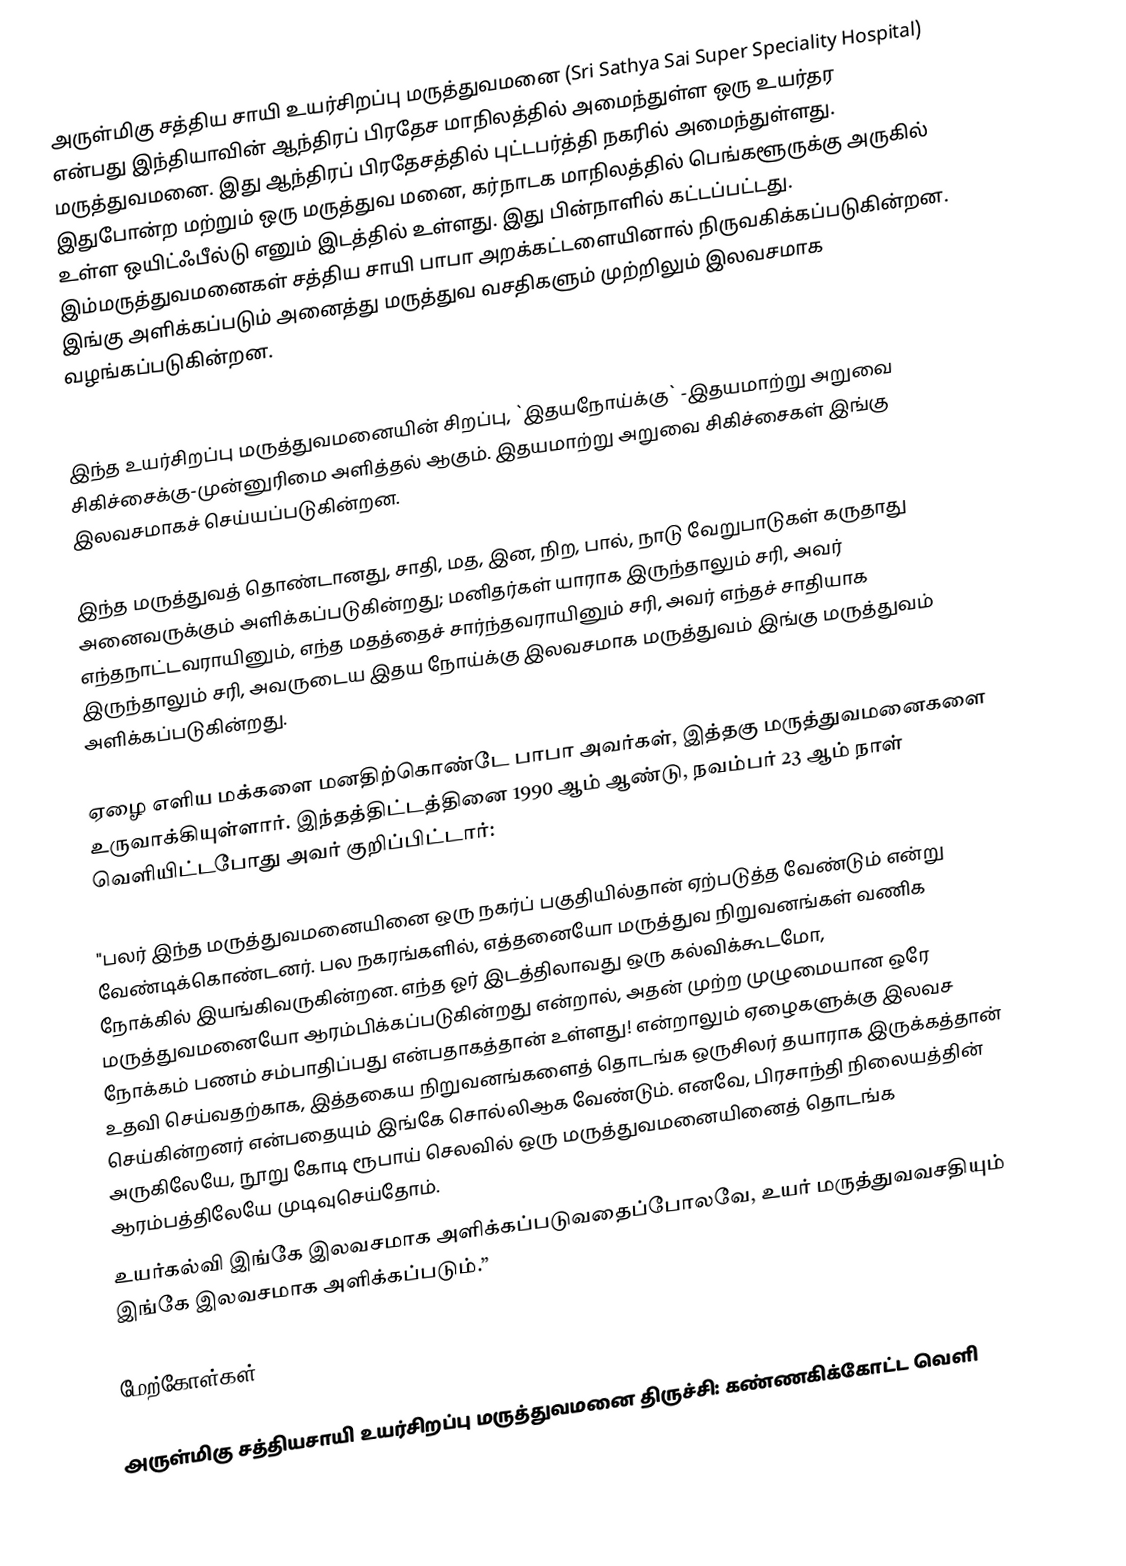
அருள்மிகு சத்திய சாயி உயர்சிறப்பு மருத்துவமனை (Sri Sathya Sai Super Speciality Hospital) என்பது இந்தியாவின் ஆந்திரப் பிரதேச மாநிலத்தில் அமைந்துள்ள ஒரு உயர்தர மருத்துவமனை. இது ஆந்திரப் பிரதேசத்தில் புட்டபர்த்தி நகரில் அமைந்துள்ளது. இதுபோன்ற மற்றும் ஒரு மருத்துவ மனை, கர்நாடக மாநிலத்தில் பெங்களூருக்கு அருகில் உள்ள ஒயிட்ஃபீல்டு எனும் இடத்தில் உள்ளது. இது பின்நாளில் கட்டப்பட்டது. இம்மருத்துவமனைகள் சத்திய சாயி பாபா அறக்கட்டளையினால் நிருவகிக்கப்படுகின்றன. இங்கு அளிக்கப்படும் அனைத்து மருத்துவ வசதிகளும் முற்றிலும் இலவசமாக வழங்கப்படுகின்றன.

இந்த உயர்சிறப்பு மருத்துவமனையின் சிறப்பு, `இதயநோய்க்கு` -இதயமாற்று அறுவை சிகிச்சைக்கு-முன்னுரிமை அளித்தல் ஆகும். இதயமாற்று அறுவை சிகிச்சைகள் இங்கு இலவசமாகச் செய்யப்படுகின்றன.

இந்த மருத்துவத் தொண்டானது, சாதி, மத, இன, நிற, பால், நாடு வேறுபாடுகள் கருதாது அனைவருக்கும் அளிக்கப்படுகின்றது; மனிதர்கள் யாராக இருந்தாலும் சரி, அவர் எந்தநாட்டவராயினும், எந்த  மதத்தைச் சார்ந்தவராயினும் சரி, அவர் எந்தச் சாதியாக இருந்தாலும் சரி, அவருடைய இதய நோய்க்கு  இலவசமாக மருத்துவம் இங்கு மருத்துவம் அளிக்கப்படுகின்றது.

ஏழை எளிய மக்களை மனதிற்கொண்டே பாபா அவர்கள், இத்தகு மருத்துவமனைகளை உருவாக்கியுள்ளார். இந்தத்திட்டத்தினை 1990 ஆம் ஆண்டு, நவம்பர் 23 ஆம் நாள் வெளியிட்டபோது அவர் குறிப்பிட்டார்:

"பலர் இந்த மருத்துவமனையினை ஒரு நகர்ப் பகுதியில்தான் ஏற்படுத்த வேண்டும் என்று வேண்டிக்கொண்டனர். பல நகரங்களில், எத்தனையோ மருத்துவ நிறுவனங்கள் வணிக நோக்கில் இயங்கிவருகின்றன. எந்த ஓர் இடத்திலாவது ஒரு கல்விக்கூடமோ, மருத்துவமனையோ ஆரம்பிக்கப்படுகின்றது என்றால், அதன் முற்ற முழுமையான ஒரே நோக்கம் பணம் சம்பாதிப்பது என்பதாகத்தான் உள்ளது! என்றாலும் ஏழைகளுக்கு இலவச உதவி செய்வதற்காக, இத்தகைய நிறுவனங்களைத் தொடங்க ஒருசிலர் தயாராக இருக்கத்தான் செய்கின்றனர் என்பதையும் இங்கே சொல்லிஆக வேண்டும். எனவே, பிரசாந்தி நிலையத்தின் அருகிலேயே, நூறு கோடி ரூபாய் செலவில் ஒரு மருத்துவமனையினைத் தொடங்க ஆரம்பத்திலேயே முடிவுசெய்தோம்.
உயர்கல்வி இங்கே இலவசமாக அளிக்கப்படுவதைப்போலவே, உயர் மருத்துவவசதியும் இங்கே இலவசமாக அளிக்கப்படும்.”

மேற்கோள்கள்

அருள்மிகு சத்தியசாயி உயர்சிறப்பு மருத்துவமனை திருச்சி: கண்ணகிக்கோட்ட வெளி